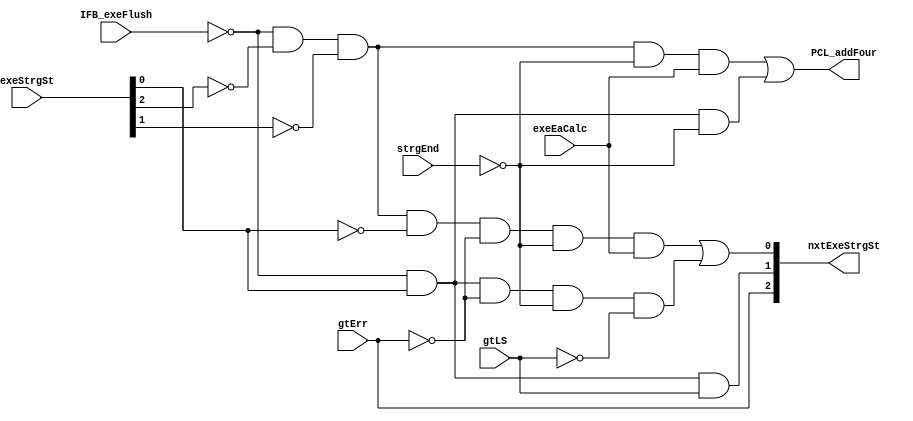
// 
// ************************************************************************** 
// 
//  Copyright (c) International Business Machines Corporation, 2005. 
// 
//  This file contains trade secrets and other proprietary and confidential 
//  information of International Business Machines Corporation which are 
//  protected by copyright and other intellectual property rights and shall 
//  not be reproduced, transferred to other documents, disclosed to others, 
//  or used for any purpose except as specifically authorized in writing by 
//  International Business Machines Corporation. This notice must be 
//  contained as part of this text at all times. 
// 
// ************************************************************************** 
//
//  from espresso format file on Tue Nov 24 12:55:28 EST 1998
// modulename is storageStMachPla
// input file is storageStMachPla.pers
// output file is storageStMachPla.v
// espresso will be called.
// ############################
// #                          #
// #  Storage State Machine   #
// #                          #
// ############################
// # the types are:
// #.f    ones=1 , zero= comp ones, dcs = null
// #        this is like a regular PLA
// #.fd   dcs = -, ones = 1 without -, zero = comp(dcs union ones)
// #        all unlisted input combinations produce a 0 output
// #        note that if an output is covered by both a - and 1, it is -
// #.fr   ones = 1, zero=0, dcs= comp(ones union zero)
// #        all unlisted input combinations are don't cares
// #        note that if an output is covered by both a 0 and 1, it is error
// #.fdr  ones = 1, zero=0, dcs=-
// #        all unlisted input combinations are ?
// #        does not say what happens if overlapping covers
// #
// # ~ in an output position means don't consider this line in generating this output.
// # synopsys does:
// #     read pla
// #     set current design
// # normally include:
// #
// ######################################################################
// ##  Set the input and output port attributes here and map to gates. ##
// ##  See process document for the correct values for your design.    ##
// ######################################################################
// .synopsys set_drive 3.0 all_inputs()
// .synopsys set_max_transition 0.4 all_inputs()
// .synopsys set_load .200 all_outputs()
// #
// #########################################################################
// ##  Set the option to flatten and structure the design. Use the option ##
// ##  single_output for speed optimization, and uncomment the multiple   ##
// ##  output option for area optimization.                               ##
// #########################################################################
// .synopsys set_flatten -minimize single_output -effort medium
// ## .synopsys set_flatten -minimize multiple_output -effort medium
// .synopsys set_structure
// #
// ###########################################################################
// ##  Set the max delay for all output for initial pass.  Set delay for    ##
// ##  your design.  Uncomment and set the other delays if the previous try ##
// ##  does not meet timing.  Replace the <delay> with the needed delay     ##
// ##  timming and replace the PIN with the pin name to delay or set delay  ##
// ##  for multiple outputs. DONT USE BITS OF A BUS USE THE WHOLE BUS.      ##
// ###########################################################################
// .synopsys max_delay 15 all_outputs()
// ##  .synopsys max_delay <delay> find(port {"PIN"})
// ##  .synopsys max_delay <delay> find(port {"PIN"})
// ##  .synopsys max_delay <delay> find(port {"PIN1" "PIN2" "PIN3" ... })
// #
// ######################################################################
// ##  To compile for minimal area uncomment max_area 0 and change the ##
// ##  max_delay 15 all_outputs() to max_delay 30 all_outputs()        ##
// ######################################################################
// ##  .synopsys max_area 0
// #
// ################################################################
// ##  Set the arrival time for any input pins that may be late  ##
// ################################################################
// ## .synopsys set_arrival 12 PAGE_END - late arriving signal
// ## .synopsys set_arrival 12 HOLD - late arriving signal
// #
// ####################################################################
// ## The complile option is set to medium to optimize the design.   ##
// ####################################################################
// .synopsys compile -map_effort medium
// ##
// #
// .outputnames nxtExeStrgSt[0:2] PCL_addFour
// .inputnames  IFB_exeFlush exeStrgSt[0:2] gtErr strgEnd gtLS exeEaCalc
// .type fd
// .i 8
// .o 4
// #
// #History:
// # 03/01/98 SBP Entered
// # 11/19/98 SBP Removed strgStEn output as not needed in StMach E1 and E2 cntl.
// # 11/24/98 SBP Removed strgEnd output as storageCntlPla completely qualifies that signal.
// #
// # INPUTS ************ Outputs *
// #e
// #x         S
// #e         t     E
// #F         r     A     nxt
// #l exe     g     C     exe  A
// #u Strg    E     a     Strg d
// #s St   gt n  gt l     St   d
// #h 012 Err d  LS C     012  4
// #  ---  -  -  -  -  *  ---  -
// #
// 1  ---  0  -  -  -     000  -  # reset
// # =============================
// 0  000  0  1  -  1     000  ~  # Idle
// 0  000  0  0  -  1     001  ~  # exeC0 -> exeC1
// # =============================
// 0  --1  0  0  0  -     001  ~  # exeC1 -> exeC1
// 0  --1  0  1  -  -     000  ~  # exeC1 -> exeC0
// 0  --1  -  -  1  -     010  ~  # exeC1 -> exeLS
// # =============================
// 0  -1-  -  -  -  -     000  ~  # exeLS -> exeC0
// # =============================
// -  ---  1  -  -  -     100  ~  # exeE0
// # =============================
// -  1--  -  -  -  -     000  ~  # E0 -> exeC0
// # =============================
// 0  000  -  0  -  1     ~~~  1  # Incr EA
// 0  --1  -  0  -  -     ~~~  1
module p405s_storageStMachPla (
nxtExeStrgSt,
PCL_addFour,
IFB_exeFlush,
exeStrgSt,
gtErr,
strgEnd,
gtLS,
exeEaCalc);

output [0:2] nxtExeStrgSt;
output  PCL_addFour;

input  IFB_exeFlush;
input [0:2] exeStrgSt;
input  gtErr;
input  strgEnd;
input  gtLS;
input  exeEaCalc;

wire  not_IFB_exeFlush;
wire [0:2] not_exeStrgSt;
wire  not_gtErr;
wire  not_strgEnd;
wire  not_gtLS;

wire [0:5] pterm;

assign not_IFB_exeFlush = ~(IFB_exeFlush);
assign not_exeStrgSt[0] = ~(exeStrgSt[0]);
assign not_exeStrgSt[1] = ~(exeStrgSt[1]);
assign not_exeStrgSt[2] = ~(exeStrgSt[2]);
assign not_gtErr = ~(gtErr);
assign not_strgEnd = ~(strgEnd);
assign not_gtLS = ~(gtLS);

// AND array expressions and reprint of all terms
// <0> 000000-1 0010
assign pterm[0] = (not_IFB_exeFlush & not_exeStrgSt[0] & not_exeStrgSt[1] & 
   not_exeStrgSt[2] & not_gtErr & not_strgEnd & exeEaCalc);
// <1> 0--1000- 0010
assign pterm[1] = (not_IFB_exeFlush & exeStrgSt[2] & not_gtErr & not_strgEnd & 
   not_gtLS);
// <2> 000--0-1 0001
assign pterm[2] = (not_IFB_exeFlush & not_exeStrgSt[0] & not_exeStrgSt[1] & 
   not_strgEnd & exeEaCalc);
// <3> 0--1--1- 0100
assign pterm[3] = (not_IFB_exeFlush & exeStrgSt[2] & gtLS);
// <4> ----1--- 1000
assign pterm[4] = (gtErr);
// <5> 0--1-0-- 0001
assign pterm[5] = (not_IFB_exeFlush & exeStrgSt[2] & not_strgEnd);

// OR array expressions
assign nxtExeStrgSt[0] = (pterm[4]);
assign nxtExeStrgSt[1] = (pterm[3]);
assign nxtExeStrgSt[2] = (pterm[0] | pterm[1]);
assign PCL_addFour = (pterm[2] | pterm[5]);

endmodule